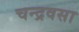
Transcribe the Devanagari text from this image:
चन्द्रवसा